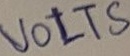
Text: VOLTS